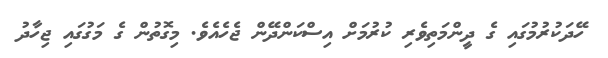
ހޭދަކުރުމުގައި ގެ ދީންމަތިވެރި ކުރުމަށް އިސްކަންދޭން ޖެހެއެވެ. މިގޮތުން ގެ މަގުގައި ޖިހާދު